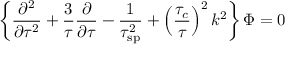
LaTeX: \left\{ { \frac { \partial ^ { 2 } } { \partial \tau ^ { 2 } } } + { \frac { 3 } { \tau } } { \frac { \partial } { \partial \tau } } - { \frac { 1 } { \tau _ { \mathrm { s p } } ^ { 2 } } } + \left( { \frac { \tau _ { c } } { \tau } } \right) ^ { 2 } k ^ { 2 } \right\} { \Phi } = 0